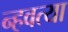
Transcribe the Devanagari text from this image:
न्हवत्या